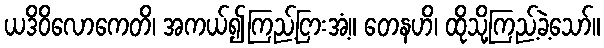
ယဒိဝိလောကေတိ၊ အကယ်၍ကြည့်ငြားအံ့။ တေနဟိ၊ ထိုသို့ကြည့်ခဲ့သော်။